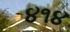
૪૧૪